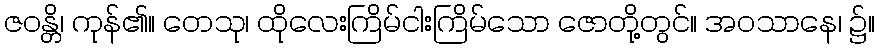
ဇဝန္တိ၊ ကုန်၏။ တေသု၊ ထိုလေးကြိမ်ငါးကြိမ်သော ဇောတို့တွင်။ အဝသာနေ၊ ၌။